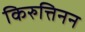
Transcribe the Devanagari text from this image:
किरुत्तिनन